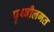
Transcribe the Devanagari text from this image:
पृथ्वीलगत